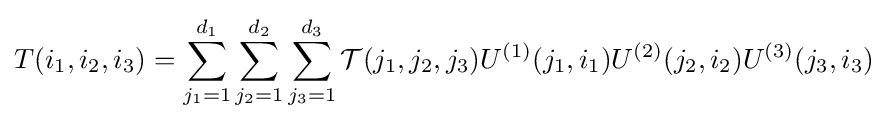
T(i_{1},i_{2},i_{3})=\sum _{j_{1}=1}^{d_{1}}\sum _{j_{2}=1}^{d_{2}}\sum _{j_{3}=1}^{d_{3}}{\mathcal {T}}(j_{1},j_{2},j_{3})U^{(1)}(j_{1},i_{1})U^{(2)}(j_{2},i_{2})U^{(3)}(j_{3},i_{3})